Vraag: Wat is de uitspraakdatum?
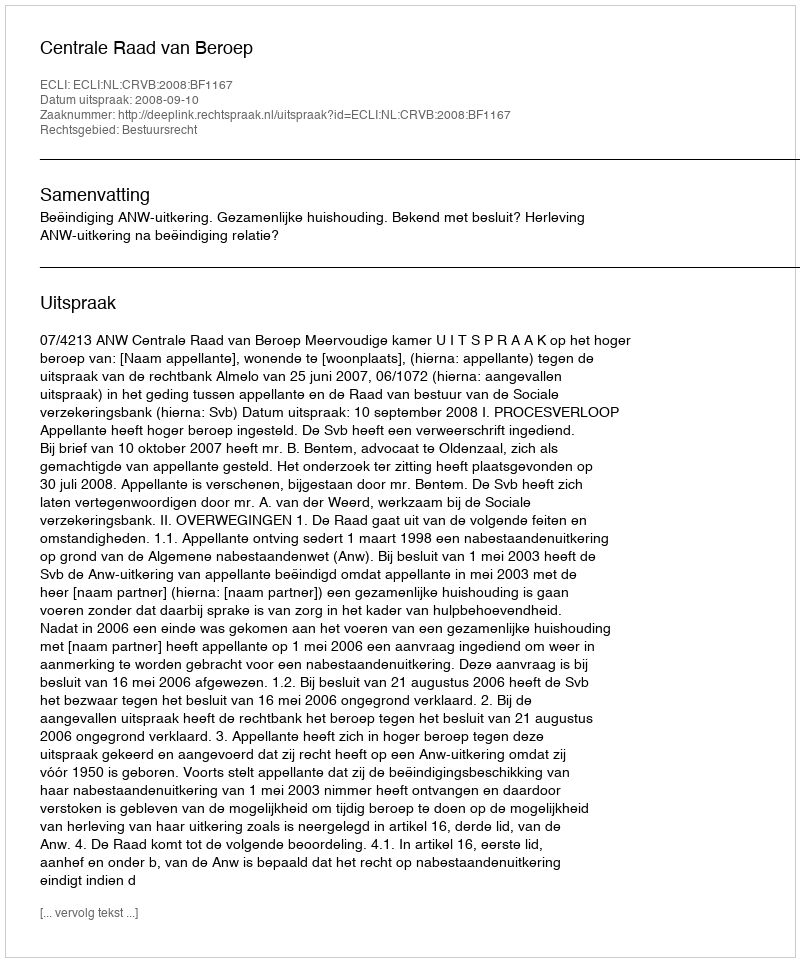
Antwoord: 2008-09-10